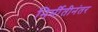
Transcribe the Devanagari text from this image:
निर्मीतीनंतर